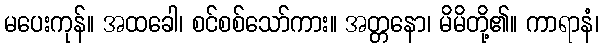
မပေးကုန်။ အထခေါ၊ စင်စစ်သော်ကား။ အတ္တနော၊ မိမိတို့၏။ ကာရာနံ၊